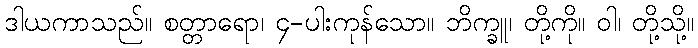
ဒါယကာသည်။ စတ္တာရော၊ ၄-ပါးကုန်သော။ ဘိက္ခူ၊ တို့ကို။ ဝါ၊ တို့သို့။